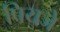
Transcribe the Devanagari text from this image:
पियजे